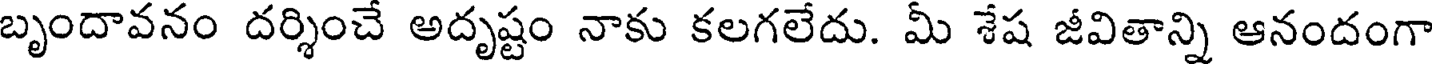
బృందావనం దర్శించే అదృష్టం నాకు కలగలేదు. మీ శేష జీవితాన్ని ఆనందంగా